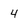
Character: 4